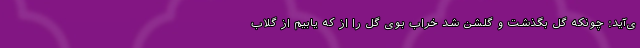
ی‌آید: چونکه گل بگذشت و گلشن شد خراب بوی گل را از که یابیم از گلاب